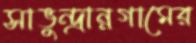
সাভুন্দ্রান্নগামের